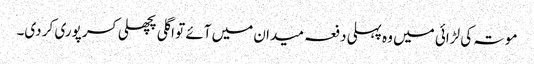
موتہ کی لڑائی میں وہ پہلی دفعہ میدان میں آئے تو اگلی پچھلی کسر پوری کر دی۔